Kohila_vallavalitsus, lk 6
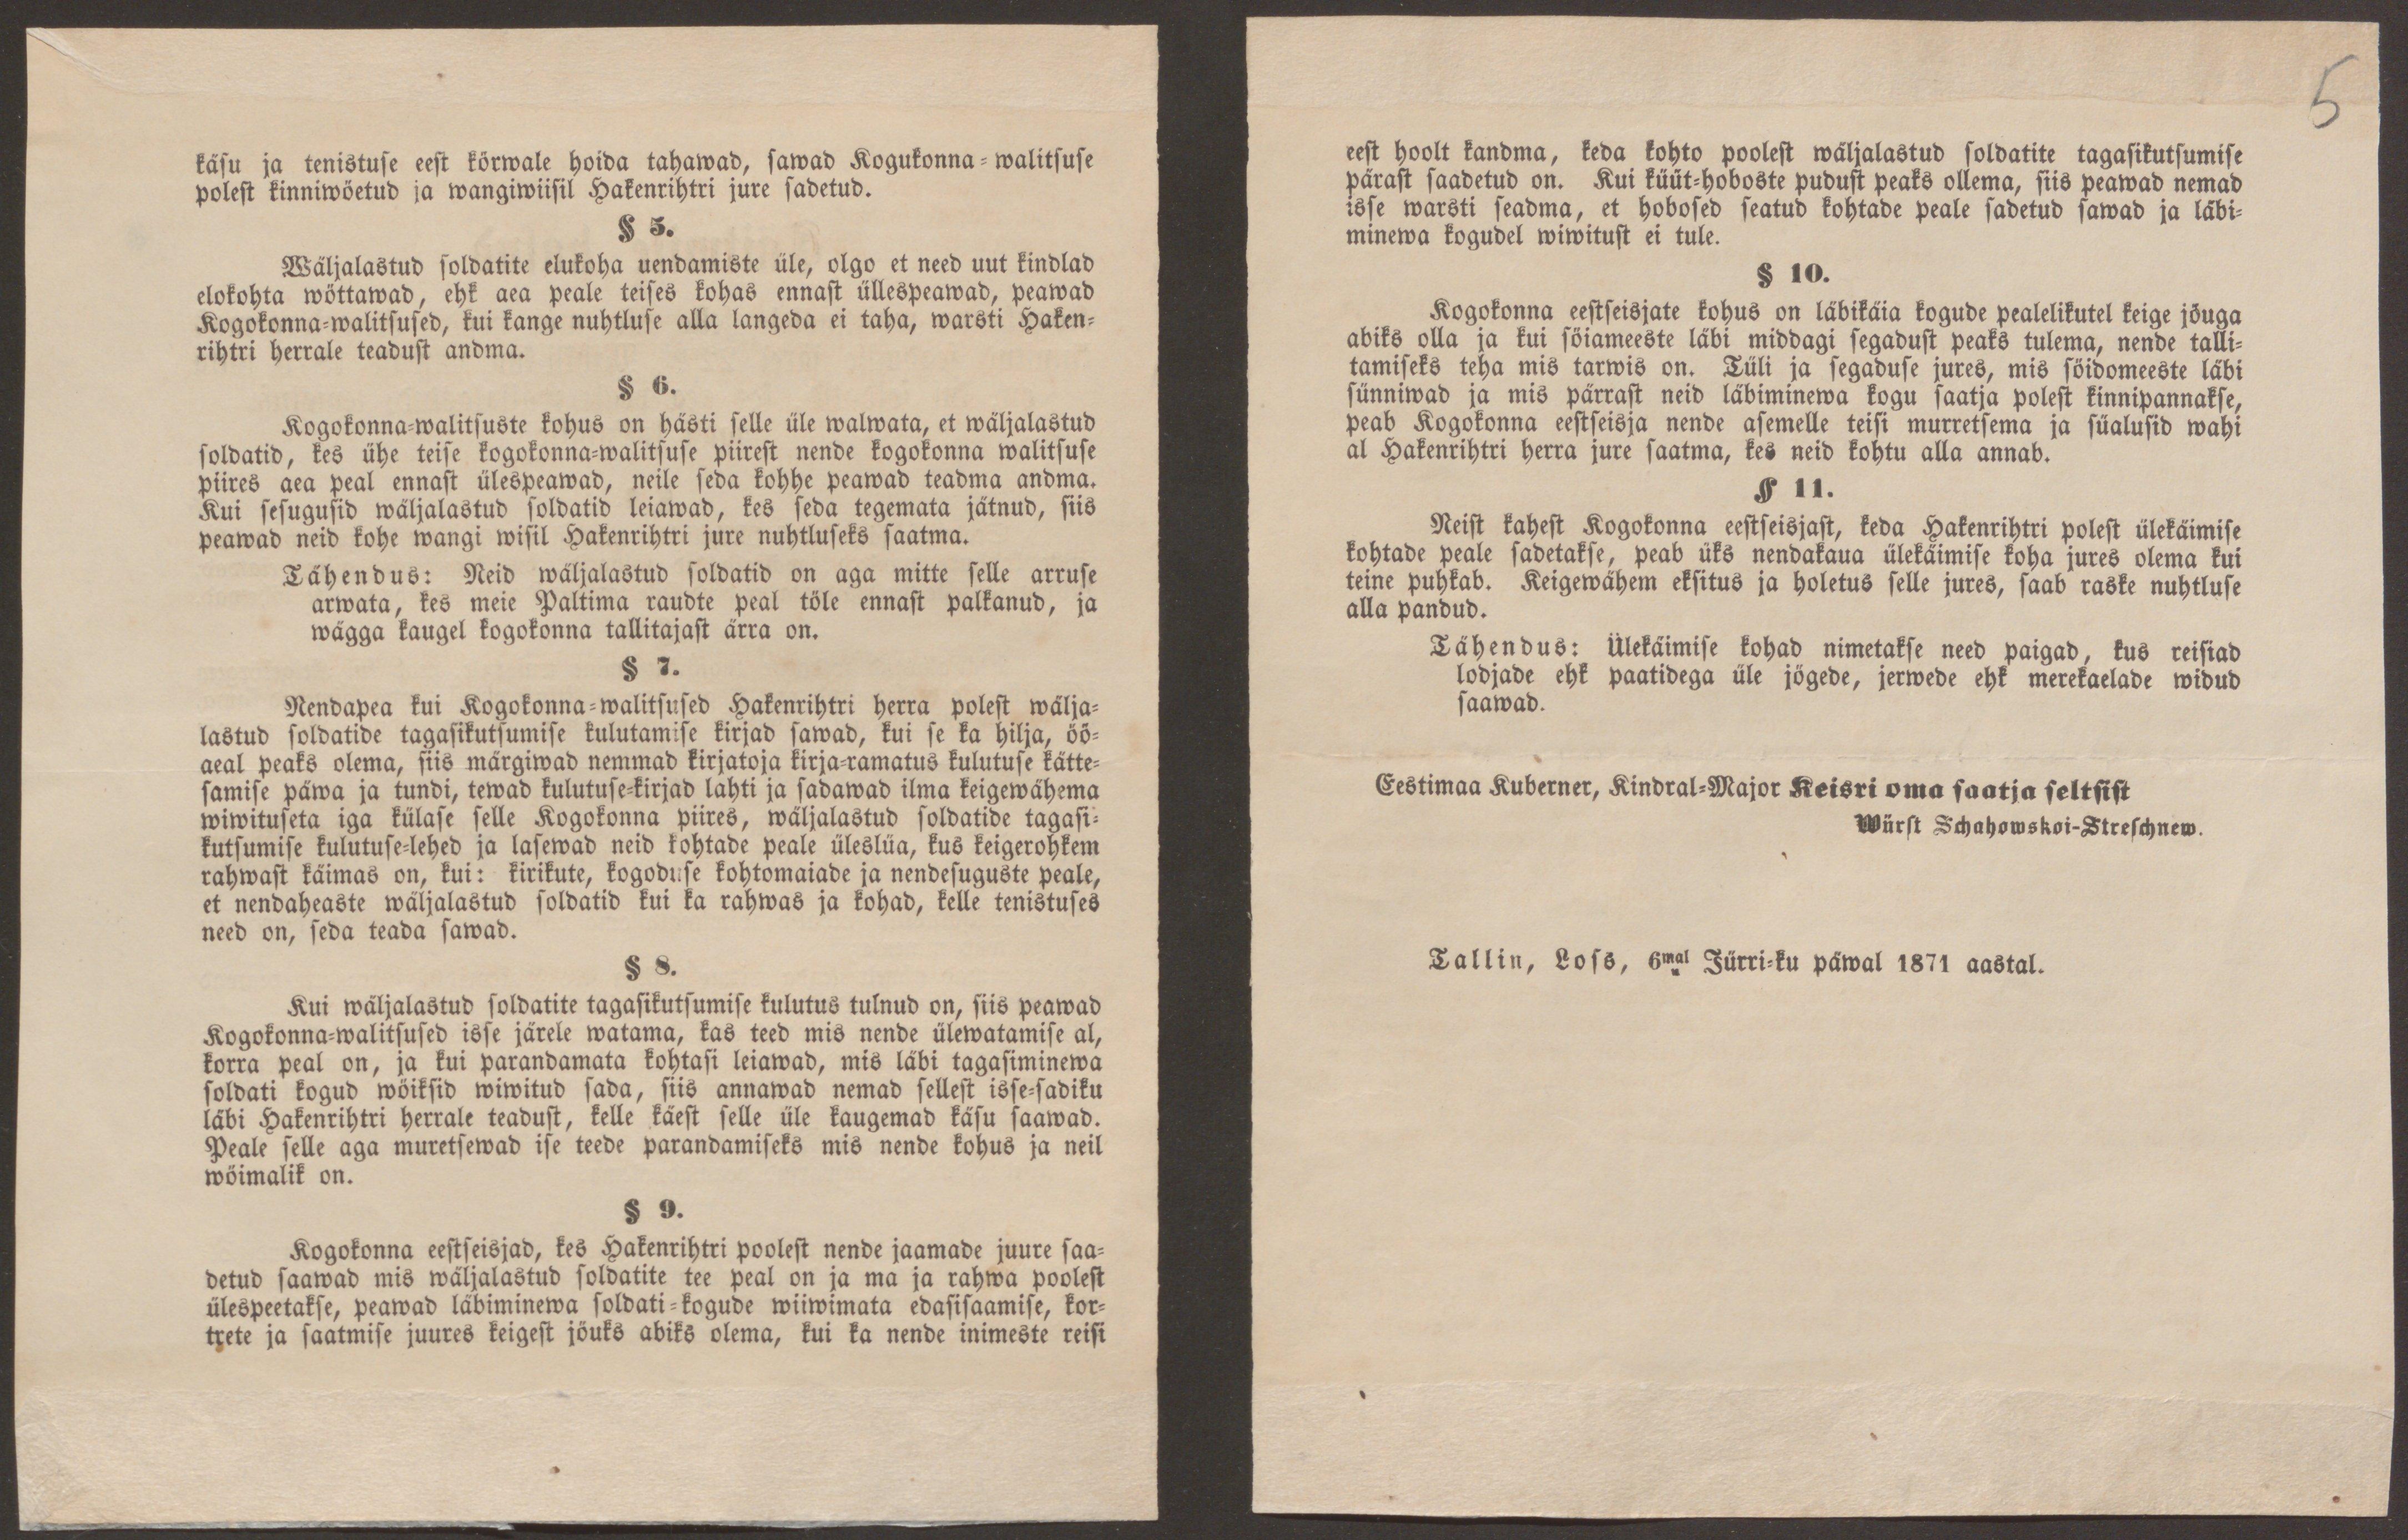
5

käsu ja tenistuse eest körwale hoida tahawad, sawad Kogukonna-walitsuse
polest kinniwöetud ja wangiwiisil Hakenrihtri jure sadetud.
§ 5.
Wäljalastud soldatite elukoha uendamiste üle, olgo et need uut kindlad
elokohta wöttawad, ehk aea peale teises kohas ennast üllespeawad, peawad
Kogokonna-walitsused, kui kange nuhtluse alla langeda ei taha, warsti Haken-
rihtri herrale teadust andma.
§ 6.
Kogokonna-walitsuste kohus on hästi selle üle walwata, et wäljalastud
soldatid, kes ühe teise kogokonna-walitsuse piirest nende kogokonna walitsuse
piires aea peal ennast ülespeawad, neile seda kohhe peawad teadma andma.
Kui sesugusid wäljalastud soldatid leiawad, kes seda tegemata jätnud, siis
peawad neid kohe wangi wisil Hakenrihtri jure nuhtluseks saatma.
Tähendus: Neid wäljalastud soldatid on aga mitte selle arruse
arwata, kes meie Paltima raudte peal töle ennast palkanud, ja
wägga kaugel kogokonna tallitajast ärra on.
§ 7.
Nendapea kui Kogokonna-walitsused Hakenrihtri herra polest wälja-
lastud soldatide tagasikutsumise kulutamise kirjad sawad, kui se ka hilja, öö-
aeal peaks olema, siis märgiwad nemmad kirjatoja kirja-ramatus kulutuse kätte-
samise päwa ja tundi, tewad kulutuse-kirjad lahti ja sadawad ilma keigewähema
wiwituseta iga külase selle Kogokonna piires, wäljalastud soldatide tagasi-
kutsumise kulutuse-lehed ja lasewad neid kohtade peale üleslüa, kus keigerohkem
rahwast käimas on, kui: kirikute, kogoduse kohtomaiade ja nendesuguste peale,
et nendaheaste wäljalastud soldatid kui ka rahwas ja kohad, kelle tenistuses
need on, seda teada sawad.
§ 8.
Kui wäljalastud soldatite tagasikutsumise kulutus tulnud on, siis peawad
Kogokonna-walitsused isse järele watama, kas teed mis nende ülewatamise al,
korra peal on, ja kui parandamata kohtasi leiawad, mis läbi tagasiminewa
soldati kogud wöiksid wiwitud sada, siis annawad nemad sellest isse-sadiku
läbi Hakenrihtri herrale teadust, kelle käest selle üle kaugemad käsu saawad.
Peale selle aga muretsewad ise teede parandamiseks mis nende kohus ja neil
wöimalik on.
§ 9.
Kogokonna eestseisjad, kes Hakenrihtri poolest nende jaamade juure saa-
detud saawad mis wäljalastud soldatite tee peal on ja ma ja rahwa poolest
ülespeetakse, peawad läbiminewa soldati-kogude wiiwimata edasisaamise, kor-
trete ja saatmise juures keigest jöuks abiks olema, kui ka nende inimeste reisi

eest hoolt kandma, keda kohto poolest wäljalastud soldatite tagasikutsumise
pärast saadetud on. Kui küüt-hoboste pudust peaks ollema, siis peawad nemad
isse warsti seadma, et hobosed seatud kohtade peale sadetud sawad ja läbi-
minewa kogudel wiwitust ei tule.
§ 10.
Kogokonna eestseisjate kohus on läbikäia kogude pealelikutel keige jöuga
abiks olla ja kui söiameeste läbi middagi segadust peaks tulema, nende talli-
tamiseks teha mis tarwis on. Tüli ja segaduse jures, mis söidomeeste läbi
sünniwad ja mis pärrast neid läbiminewa kogu saatja polest kinnipannakse,
peab Kogokonna eestseisja nende asemelle teisi murretsema ja süalusid wahi
al Hakenrihtri herra jure saatma, kes neid kohtu alla annab.
§ 11.
Neist kahest Kogokonna eestseisjast, keda Hakenrihtri polest ülekäimise
kohtade peale sadetakse, peab üks nendakaua ülekäimise koha jures olema kui
teine puhkab. Keigewähem eksitus ja holetus selle jures, saab raske nuhtluse
alla pandud.
Tähendus: ülekäimise kohad nimetakse need paigad, kus reisiad
lodjade ehk paatidega üle jögede, jerwede ehk merekaelade widud
saawad.
Eestimaa Kuberner, Kindral-Major Keisri oma saatja seltsist
Würst Schahowskoi-Streschnew.
Tallin, Loss, 6mal Jürri-ku päwal 1871 aastal.